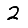
Digit: 2